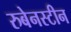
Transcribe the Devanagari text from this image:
रुबेनस्टीन